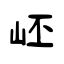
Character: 岯